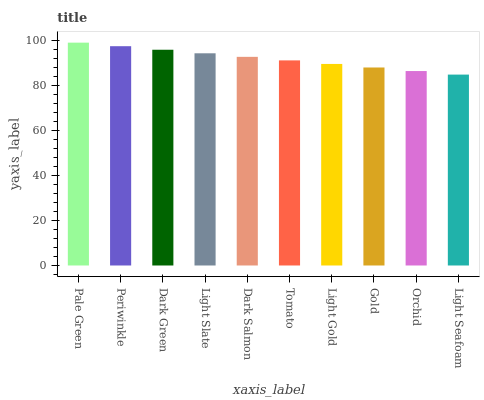
| xaxis_label | bars |
 | --- | --- |
 | Pale Green | 99 |
 | Periwinkle | 97.4 |
 | Dark Green | 95.8 |
 | Light Slate | 94.3 |
 | Dark Salmon | 92.7 |
 | Tomato | 91.1 |
 | Light Gold | 89.5 |
 | Gold | 88 |
 | Orchid | 86.4 |
 | Light Seafoam | 84.8 |